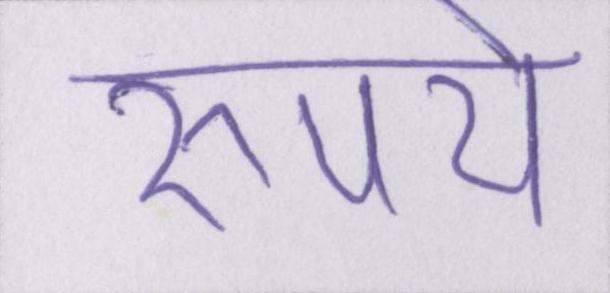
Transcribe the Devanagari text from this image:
रुपये